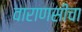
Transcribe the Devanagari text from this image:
वाराणसीचा